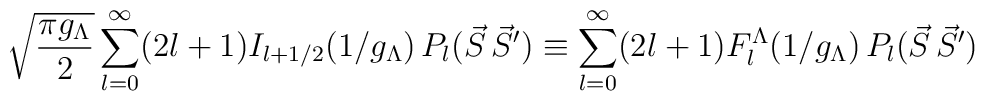
\sqrt{\frac {\pi g_\Lambda}{2}}\sum_{l=0}^{\infty} (2l+1) I_{l+1/2}(1/g_\Lambda)\,  P_l({\vec S}\,{\vec S'})\equiv\sum_{l=0}^{\infty} (2l+1) F_l^\Lambda(1/g_\Lambda)\, P_l({\vec S}\,{\vec S'})\ \,\,\,\,    \